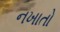
નખાતો